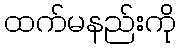
ထက်မနည်းကို